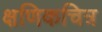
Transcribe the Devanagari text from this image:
क्षणिकचित्र